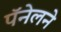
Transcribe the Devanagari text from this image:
पॅनेलने